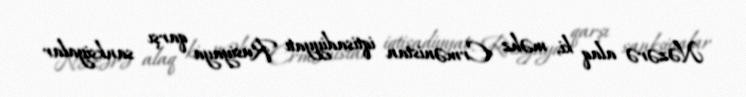
Nəzərə alaq ki, məhz Ermənistan iqtisadiyyatı Rusiyaya qarşı sanksiyalar